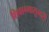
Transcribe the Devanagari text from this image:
शिवाग्मासुन्दरी